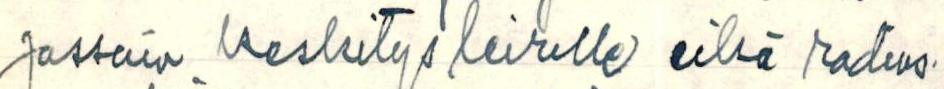
jossain keskitysleirille eikä radios-